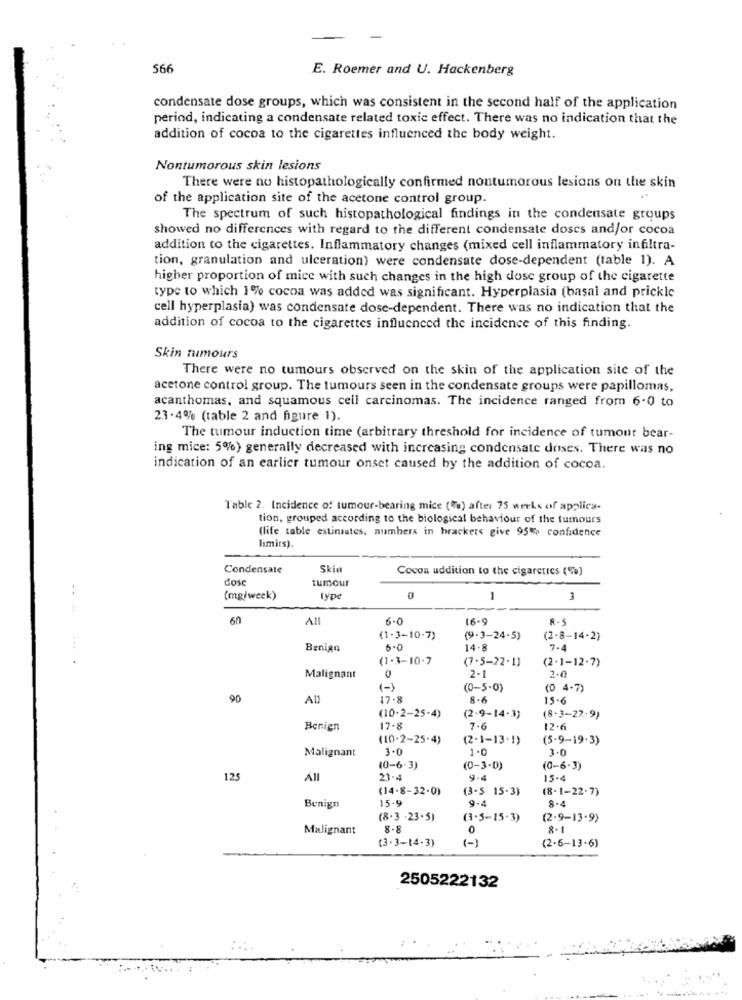
566
E. Roemer and U. Hackenberg
condensate dose groups, which was consistent in the second half of the application
period, indicating a condensate related toxic effect. There was no indication that the
addition of cocoa to the cigarettes influenced the body weight.
Nontumorous skin lesions
There were no histopathologically confirmed nontumorous lesions on the skin
of the application site of the acetone control group.
The spectrum of such histopathological findings in the condensate groups
showed no differences with regard to the different condensate doscs and/or cocoa
addition to the cigarettes. Inflammatory changes (mixed cell inflammatory infiltra-
tion, granulation and ulceration) were condensate dose-dependent (table 1). A
higher proportion of mice with such changes in the high dose group of the cigarette
type to which 1% cocoa was added was significant. Hyperplasia (basal and prickle
cell hyperplasia) was condensate dose-dependent. There was no indication that the
addition of cocoa to the cigarettes influenced the incidence of this finding.
Skin rumours
There were no tumours observed on the skin of the application site of the
acetone control group. The tumours seen in the condensate groups were papillomas.
acanthomas, and squamous cell carcinomas. The incidence ranged from 6-0 to
23 -4% (table 2 and figure 1).
The tumour induction time (arbitrary threshold for incidence of tumour bear-
ing mice: 5%) generally decreased with increasing condensate doses. There was no
indication of an earlier tumour onset caused by the addition of cocoa.
Table 2. Incidence of tumour-bearing mice ("a) after 75 weeks of applica-
tion, grouped according to the biological behaviour of the tumours
(life table estimates, numbers in brackets give 95% confidence
limits).
Condensate
Skin
Cocon addition to the cigaretics (%)
dos
tumour
(mg/week)
type
0
1
3
60
All
6.0
16.9
R . S
(1-3-10-7)
(9-3-24-5)
(2-8-14-2)
Benign
6.0
14-8
7-4
(1-3-10-7
(7-5-22-1)
(2-1-12-7)
0
2.0
Malignant
2-1
(-)
(0-5-0)
(0 4-7)
90
17.8
8-6
15-6
(10-2-25-4)
(2-9-14-3)
(8-3-22.9)
Benign
17-8
7-6
12-6
(10-2-25-4)
(2-1-13.1)
(5-9-19.3)
Malignant
3.0
1.0
3.0
(0-6-3)
(0-3-0)
(0-6-3)
125
All
21-4
9.4
15-4
(14-8-32-0)
(3-5 15-3)
(8.1-22.7)
15.9
9-4
8-4
Benign
(8.3 -23-5)
(3.5-15-3)
(2.9-13.9)
Malignant
8.8
0
8. 1
(3-3-14-3)
(-)
(2-6-13-6)
2505222132